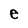
Character: e